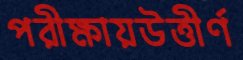
পরীক্ষায়উত্তীর্ণ